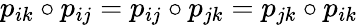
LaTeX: p_{ik}\circ p_{ij}=p_{ij}\circ p_{jk}=p_{jk}\circ p_{ik}